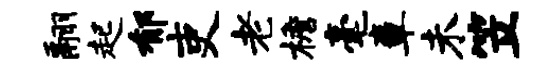
翮起郁吏老檐毫章未笠